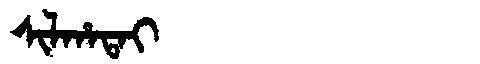
Manchu: ᠰᡳᠯᡥᠠᡨᠠᡳ
Romanization: SILHATAI